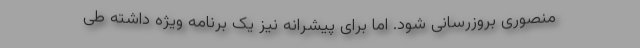
منصوری بروزرسانی شود. اما برای پیشرانه نیز یک برنامه ویژه داشته طی